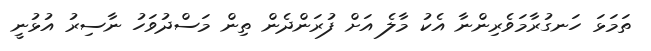
ތަމަޅަ ހަނގުރާމަވެރިންނާ އެކު މާލެ އަށް ފުރަންދެން ތިން މަސްދުވަހު ނާސިރު އުޅުނީ